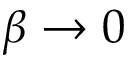
\beta \to 0